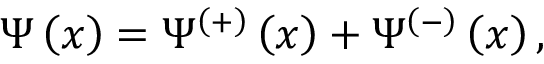
\Psi \left( x \right) = \Psi ^ { \left( + \right) } \left( x \right) + \Psi ^ { \left( - \right) } \left( x \right) ,